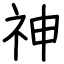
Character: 神